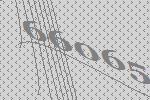
66065